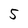
Character: 5